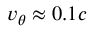
v _ { \theta } \approx 0 . 1 c